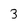
Character: 3